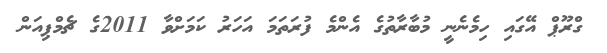
ގްރޫޕް އޭގައި ހިމެނެނީ މުބާރާތުގެ އެންމެ ފުރަތަމަ އަހަރު ކަމަށްވާ 2011ގެ ޗެމްޕިއަން